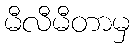
မီလီမီတာမှ